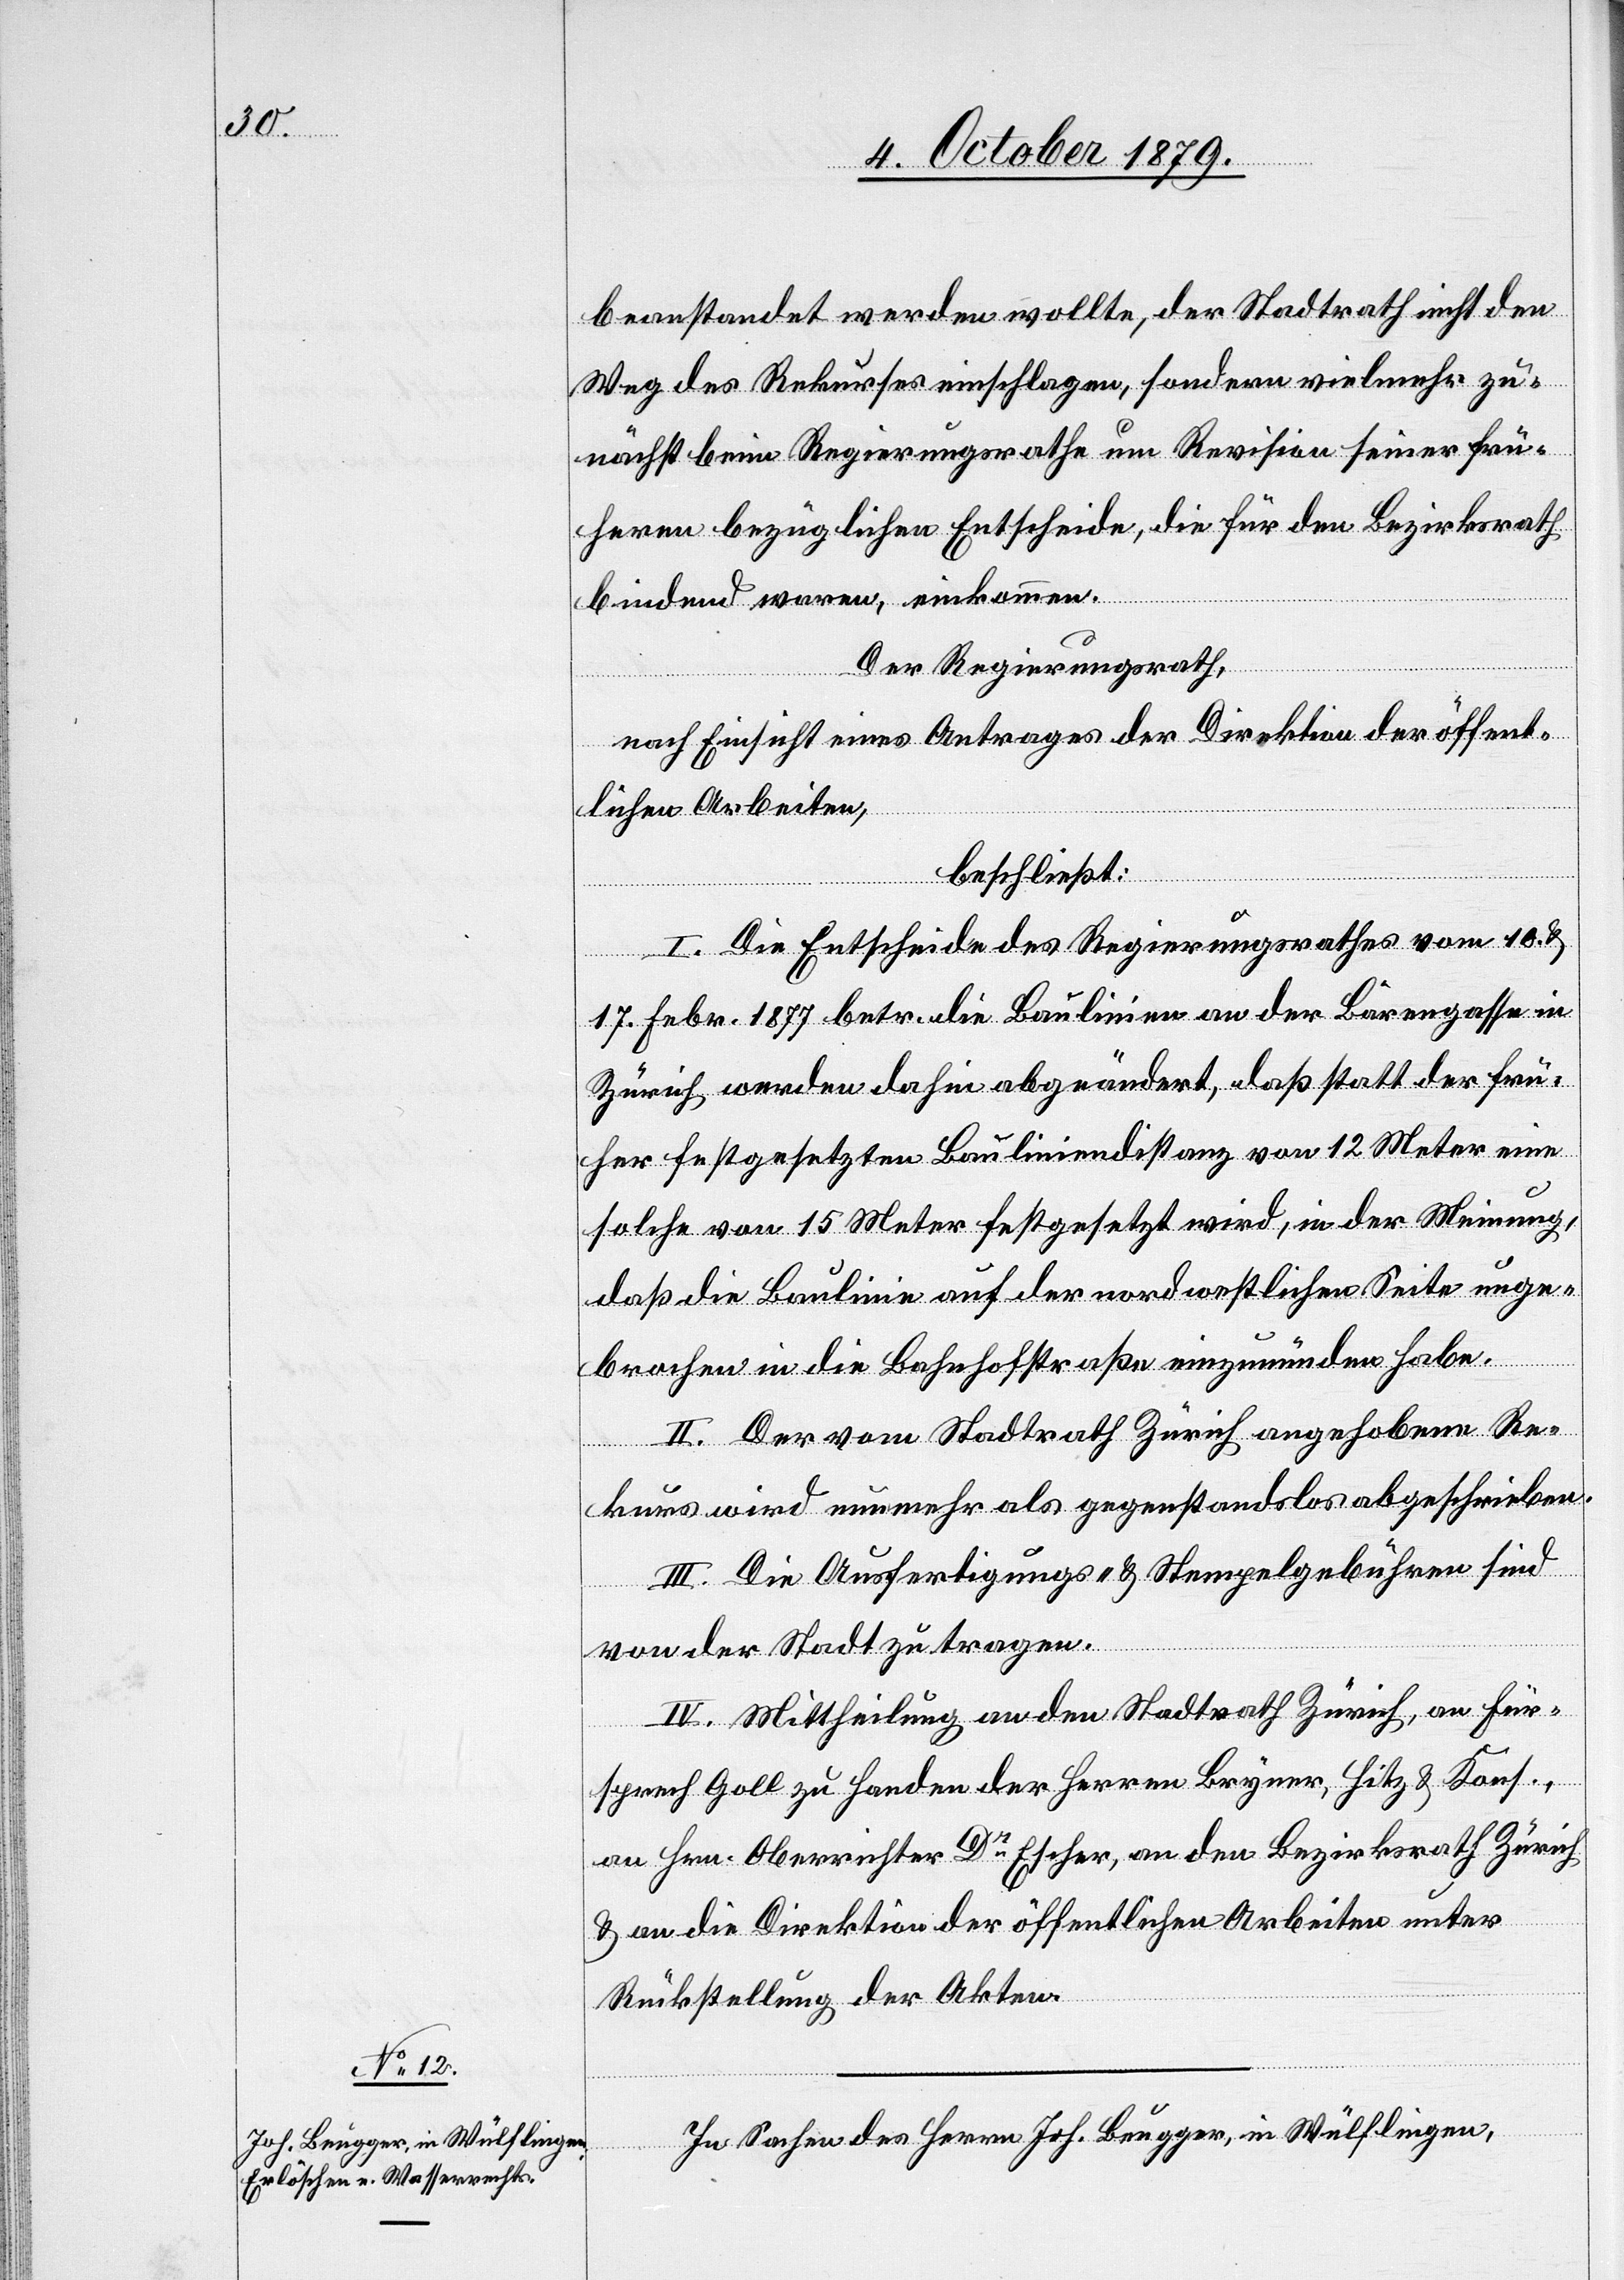
beanstandet werden wollte, der Stadtrath nicht den
Weg des Rekurses einschlagen, sondern vielmehr zu¬
nächst beim Regierungsrathe um Revision seiner frü¬
heren bezüglichen Entscheide, die für den Bezirksrath
bindend waren, einkommen.
Der Regierungsrath,
nach Einsicht eines Antrages der Direktion der öffent¬
lichen Arbeiten,
beschließt:
I. Die Entscheide des Regierungsrathes vom 10. &
17. Febr. 1877 betr. die Baulinien an der Bärengasse in
Zürich werden dahin abgeändert, daß statt der frü¬
her festgesetzten Bauliniendistanz von 12 Meter eine
solche von 15 Meter festgesetzt wird, in der Meinung,
daß die Baulinie auf der nordwestlichen Seite unge¬
brochen in die Bahnhofstraße einzumünden habe.
II. Der vom Stadtrath Zürich angehobene Re¬
kurs wird nunmehr als gegenstandslos abgeschrieben.
III. Die Ausfertigungs- & Stempelgebühren sind
von der Stadt zu tragen.
IV. Mittheilung an den Stadtrath Zürich, an Für¬
sprech Goll zu Handen der Herren Bryner, Hitz & Kons.,
an Hrn. Oberrichter Dr Escher, an den Bezirksrath Zürich
& an die Direktion der öffentlichen Arbeiten unter
Rückstellung der Akten.